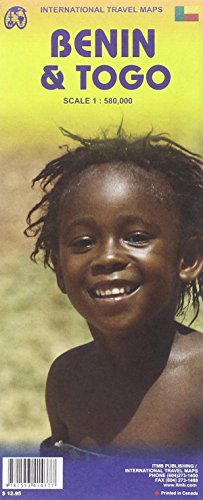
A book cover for Togo & Benin 1:580,000 Travel Map (International Travel Maps); ITM Canada; Travel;